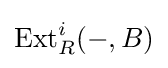
\operatorname {Ext} _{R}^{i}(-,B)